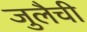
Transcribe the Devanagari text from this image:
जुलैची